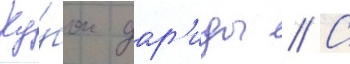
Ку́бок дар'иды // С